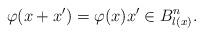
LaTeX: \begin{align*}\varphi(x+x^{\prime})=\varphi(x)x^{\prime}\in B_{l(x)}^{n}.\end{align*}